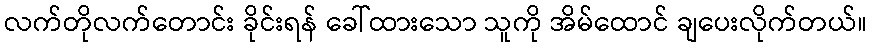
လက်တိုလက်တောင်း ခိုင်းရန် ခေါ်ထားသော သူကို အိမ်ထောင် ချပေးလိုက်တယ်။